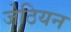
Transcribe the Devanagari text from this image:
जेठियन